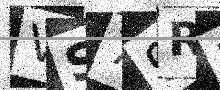
Text: VS79RP